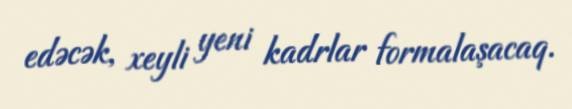
edəcək, xeyli yeni kadrlar formalaşacaq.